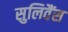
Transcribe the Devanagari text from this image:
सुलिवैंस